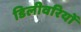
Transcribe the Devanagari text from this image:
डिलीवरियों